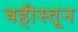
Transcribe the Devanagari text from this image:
बहीस्तून